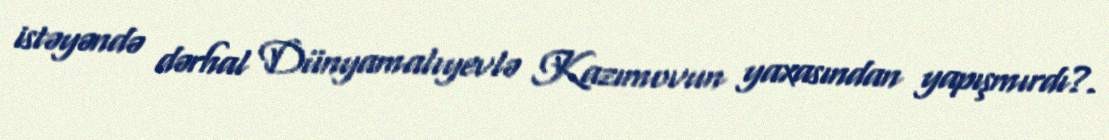
istəyəndə dərhal Dünyamalıyevlə Kazımovun yaxasından yapışmırdı?.